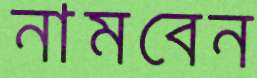
নামবেন